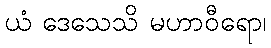
ယံ ဒေသေသိ မဟာဝီရော၊